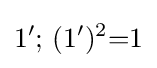
1'{\text{; }}(1')^{2}{=}1